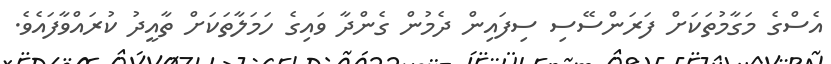
އެސްގެ މަގާމުތަކަށް ފަރަންސޭސި ސިފައިން ދެމުން ގެންދާ ވައިގެ ހަމަލާތަކަށް ތާއީދު ކުރައްވާފައެވެ.